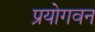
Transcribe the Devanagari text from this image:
प्रयोगवन